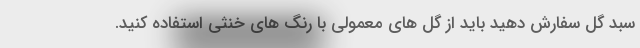
سبد گل سفارش دهید باید از گل های معمولی با رنگ های خنثی استفاده کنید.